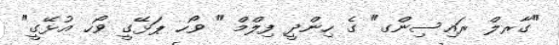
"ގާރލް ރައިސިންގ" ގެ ހިންދީ ފިލްމް " ވޯހ ޕަޅޭގީ ވޯހ އުޅޭގީ"